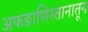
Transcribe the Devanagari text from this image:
अफङाणिस्तानातून